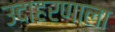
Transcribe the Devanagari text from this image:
उदाहरणाला